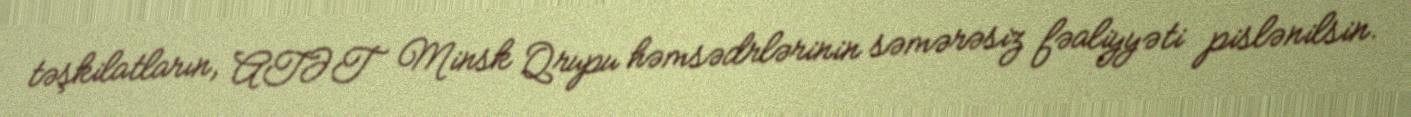
təşkilatların, ATƏT Minsk Qrupu həmsədrlərinin səmərəsiz fəaliyyəti pislənilsin.